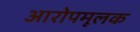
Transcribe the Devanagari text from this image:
आरोपमूलक